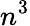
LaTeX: n^{3}